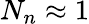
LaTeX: N_{n}\approx 1